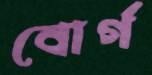
বোর্গ